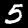
Label: 5